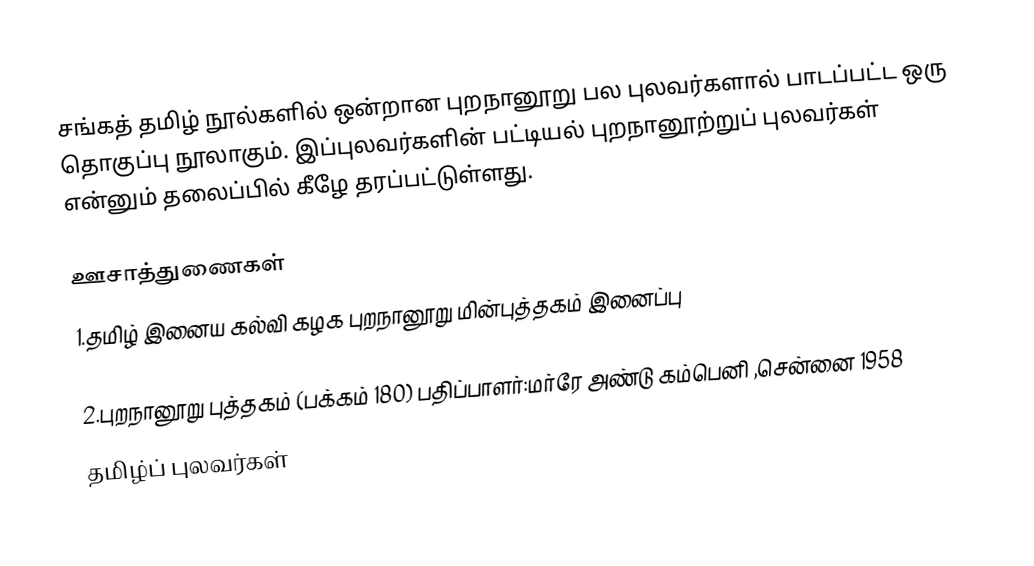
சங்கத் தமிழ் நூல்களில் ஒன்றான புறநானூறு பல புலவர்களால் பாடப்பட்ட ஒரு தொகுப்பு நூலாகும். இப்புலவர்களின் பட்டியல் புறநானூற்றுப் புலவர்கள் என்னும் தலைப்பில் கீழே தரப்பட்டுள்ளது.

ஊசாத்துணைகள்
1.தமிழ் இனைய கல்வி கழக புறநானூறு மின்புத்தகம் இனைப்பு

2.புறநானூறு புத்தகம் (பக்கம் 180) பதிப்பாளர்:மர்ரே அண்டு கம்பெனி ,சென்னை 1958
தமிழ்ப் புலவர்கள்